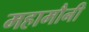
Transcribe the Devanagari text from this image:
महामौनी